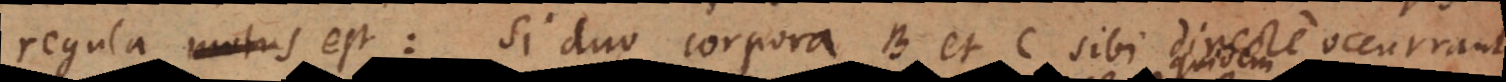
regula motus est: Si duo corpora B et C sibi directe occurrant